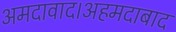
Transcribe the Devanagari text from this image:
अमदावाद।अहमदाबाद